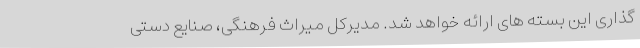
گذاری این بسته های ارائه خواهد شد. مدیرکل میراث فرهنگی، صنایع دستی